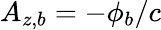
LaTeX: A_{z,b}=-\phi_{b}/c